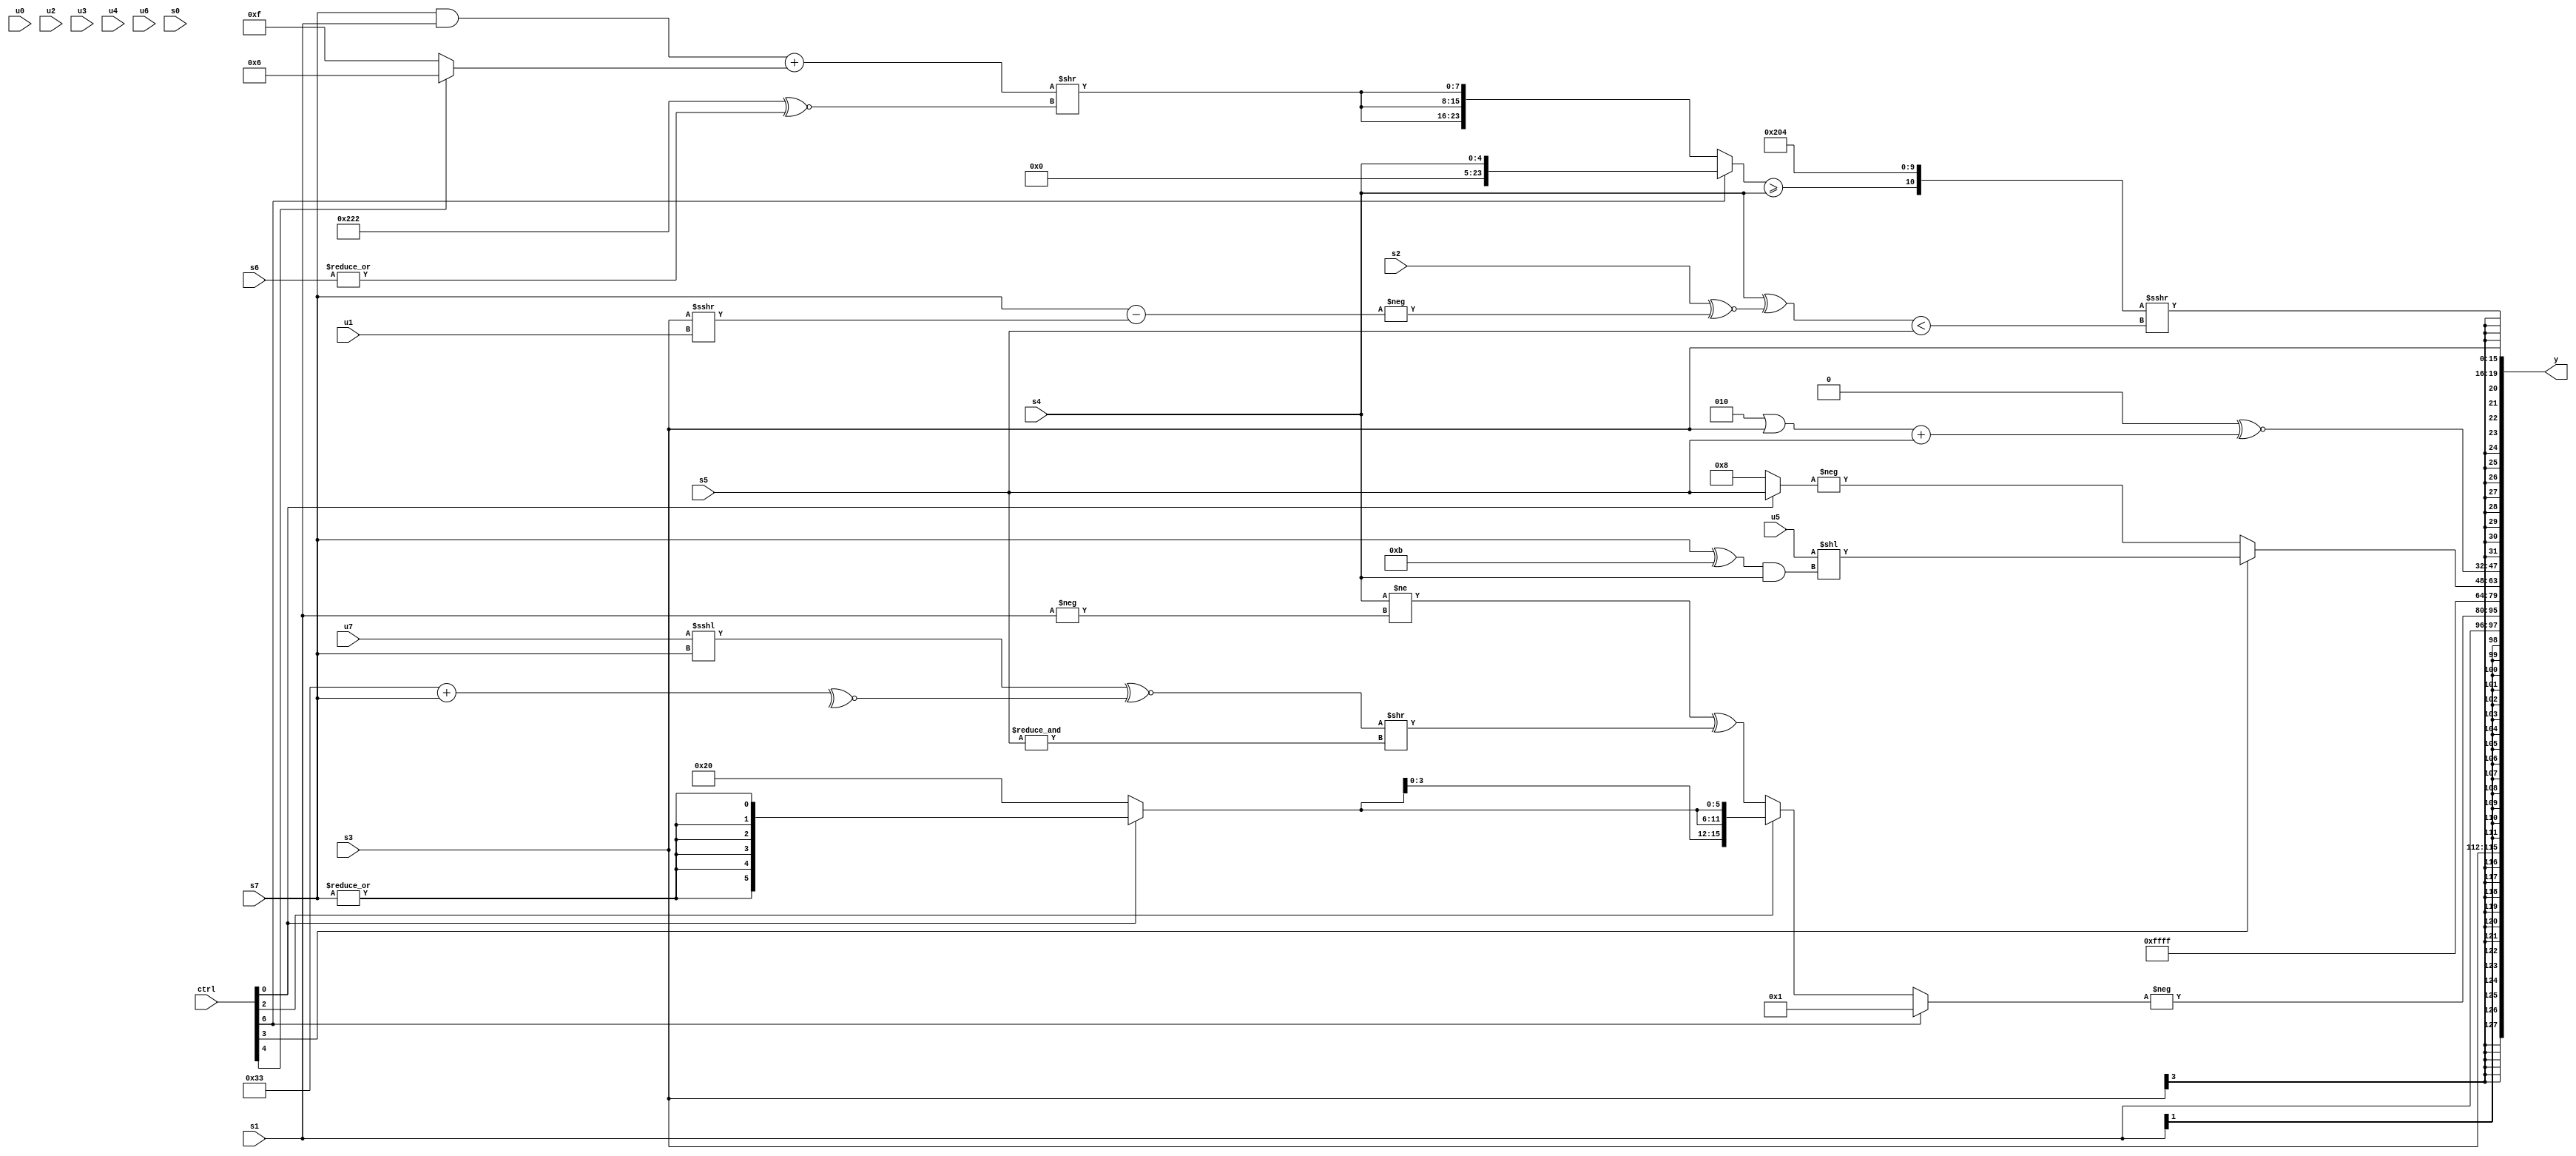
module wideexpr_00147(ctrl, u0, u1, u2, u3, u4, u5, u6, u7, s0, s1, s2, s3, s4, s5, s6, s7, y);
  input [7:0] ctrl;
  input [0:0] u0;
  input [1:0] u1;
  input [2:0] u2;
  input [3:0] u3;
  input [4:0] u4;
  input [5:0] u5;
  input [6:0] u6;
  input [7:0] u7;
  input signed [0:0] s0;
  input signed [1:0] s1;
  input signed [2:0] s2;
  input signed [3:0] s3;
  input signed [4:0] s4;
  input signed [5:0] s5;
  input signed [6:0] s6;
  input signed [7:0] s7;
  output [127:0] y;
  wire [15:0] y0;
  wire [15:0] y1;
  wire [15:0] y2;
  wire [15:0] y3;
  wire [15:0] y4;
  wire [15:0] y5;
  wire [15:0] y6;
  wire [15:0] y7;
  assign y = {y0,y1,y2,y3,y4,y5,y6,y7};
  assign y0 = s3;
  assign y1 = s1;
  assign y2 = -((ctrl[6]?(ctrl[6]?4'sb0001:((ctrl[7]?{2{((s2)^(6'sb001100))|(s6)}}:(s4)>=(((6'sb100001)|(3'sb000))>>((ctrl[7]?s2:s1)))))&(((ctrl[3]?u6:+({s2,4'sb0010,s5,u2})))>>>($signed(3'sb010)))):(ctrl[2]?{4{(ctrl[0]?$signed(|(s7)):6'sb100000)}}:((s4)!=(+($signed(-(s1)))))^((($unsigned((u7)<<<(s7)))^~(~^((6'b110011)+(s7))))>>($signed($signed(&(s5))))))));
  assign y3 = 2'sb11;
  assign y4 = +((ctrl[3]?(u5)<<((+(((s7)>>(1'sb0))^(((1'sb1)<<<(5'sb01100))^($signed(5'sb01011)))))&(s4)):-($signed({1{+((ctrl[0]?s5:5'sb01000))}}))));
  assign y5 = (1'sb0)^~(+((+((3'sb010)|(s3)))+(s5)));
  assign y6 = $signed(s3);
  assign y7 = ({($signed((ctrl[6]?$unsigned(s4):{3{(((s7)&(s1))+((ctrl[4]?4'sb0110:1'sb1)))>>(({3{4'sb0010}})^~(|(s6)))}})))>=($signed(+(s4))),+(3'sb100),4'sb0000,3'b100})>>>(((s4)^((s2)^~(-(+($signed(($signed(s7))-((s3)>>>(u1))))))))<(s5));
endmodule